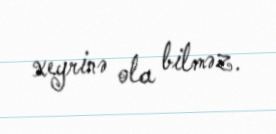
xeyrinə ola bilməz.